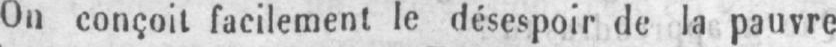
On conçoit facilement le désespoir de la pauvre